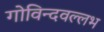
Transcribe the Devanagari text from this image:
गोविन्दवल्लभ